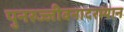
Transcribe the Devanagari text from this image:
पुनरुज्जीवनादरम्यान